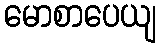
မောစာပေယျ